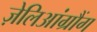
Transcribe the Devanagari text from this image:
ज़ेलिआंग्रौंग